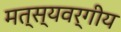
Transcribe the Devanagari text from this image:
मत्स्यवर्गीय